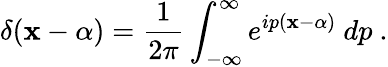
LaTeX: \delta(\mathbf{x}-\alpha)={\frac{{1}}{{2\pi}}}\int_{-\infty}^{\infty}e^{ip(\mathbf{x}-\alpha)}\ dp\ .